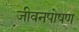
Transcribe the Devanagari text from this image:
जीवनपोषण